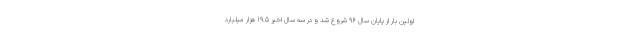
اولین بار از پایان سال 96 شروع شد و در سه سال اخیر 19.5 هزار میلیارد